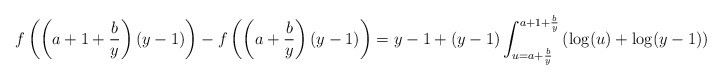
\begin{align*}f\left(\left(a+1+\frac{b}{y}\right)(y-1)\right)-f\left(\left(a+\frac{b}{y}\right)(y-1)\right)&= y-1+(y-1)\int_{u=a+\frac by}^{a+1+\frac by} \left(\log(u)+\log(y-1)\right) \d u.\end{align*}